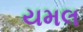
યમલ